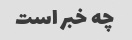
چه خبر است